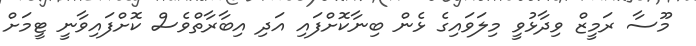
މޫސާ ރަމީޒް ވިދާޅުވީ މިލަވައިގެ ޅެން ބިނާކޮށްފައި އަދި އިބާރާތްވެސް ކޮށްފައިވާނީ ޓީމަށް